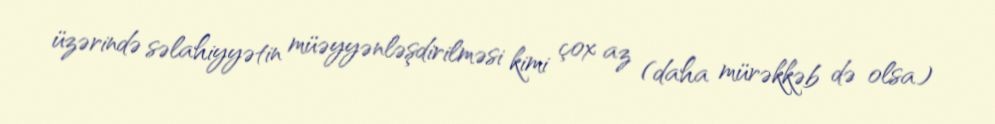
üzərində səlahiyyətin müəyyənləşdirilməsi kimi çox az (daha mürəkkəb də olsa)